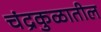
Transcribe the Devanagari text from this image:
चंद्रकुळातील